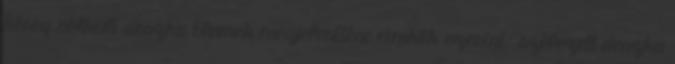
kéreg nélküli deszka Elemek megjelenítése címkék szerint: szélezett deszka